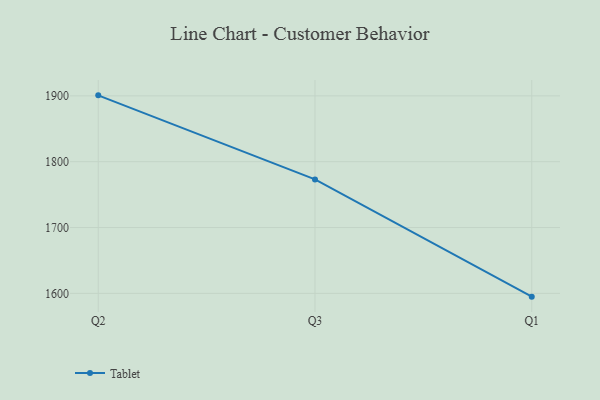
{"axis": {"x": "Quarter", "y": "Conversion Rate (%)"}, "legend": ["Tablet"], "data": [{"x": "Q2", "y": 1900.8, "type": "Tablet"}, {"x": "Q3", "y": 1773.1, "type": "Tablet"}, {"x": "Q1", "y": 1595.0, "type": "Tablet"}]}